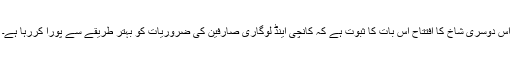
اس دوسری شاخ کا افتتاح اس بات کا ثبوت ہے کہ کانچی اینڈ لوگاری صارفین کی ضروریات کو بہتر طریقے سے پورا کررہا ہے۔